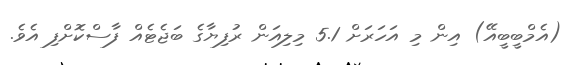
(އެމްބީބީއޭ) އިން މި އަހަރަށް 5.1 މިލިއަން ރުފިޔާގެ ބަޖެޓެއް ފާސްކޮށްފި އެވެ.